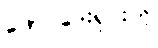
ဖောင်ဒေးရှင်းကို